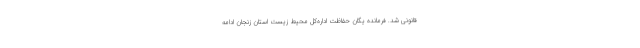
قانونی شد. فرمانده یگان حفاظت اداره‌کل محیط زیست استان زنجان ادامه